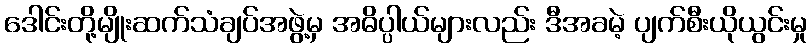
ဒေါင်းတို့မျိုးဆက်သံချပ်အဖွဲ့မှ အဓိပ္ပါယ်များလည်း ဒီအခမဲ့ ပျက်စီးယိုယွင်းမှု